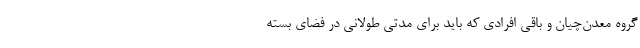
گروه معدن‌چیان و باقی افرادی که باید برای مدتی طولانی در فضای بسته